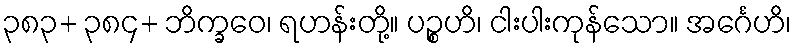
၃၈၃+ ၃၈၄+ ဘိက္ခဝေ၊ ရဟန်းတို့။ ပဉ္စဟိ၊ ငါးပါးကုန်သော။ အင်္ဂေဟိ၊